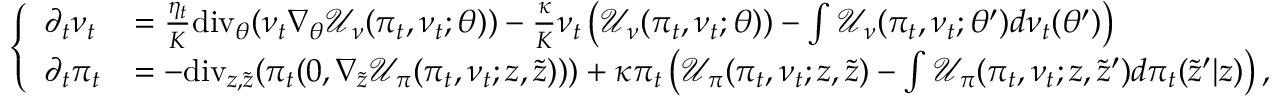
\left\{ \begin{array} { l l } { \partial _ { t } \nu _ { t } } & { = \frac { \eta _ { t } } { K } \mathrm { d i v } _ { \theta } ( \nu _ { t } \nabla _ { \theta } \mathcal { U } _ { \nu } ( \pi _ { t } , \nu _ { t } ; \theta ) ) - \frac { \kappa } { K } \nu _ { t } \left( \mathcal { U } _ { \nu } ( \pi _ { t } , \nu _ { t } ; \theta ) ) - \int \mathcal { U } _ { \nu } ( \pi _ { t } , \nu _ { t } ; \theta ^ { \prime } ) d \nu _ { t } ( \theta ^ { \prime } ) \right) } \\ { \partial _ { t } \pi _ { t } } & { = - \mathrm { d i v } _ { z , \tilde { z } } ( \pi _ { t } ( 0 , \nabla _ { \tilde { z } } \mathcal { U } _ { \pi } ( \pi _ { t } , \nu _ { t } ; z , \tilde { z } ) ) ) + \kappa \pi _ { t } \left( \mathcal { U } _ { \pi } ( \pi _ { t } , \nu _ { t } ; z , \tilde { z } ) - \int \mathcal { U } _ { \pi } ( \pi _ { t } , \nu _ { t } ; z , \tilde { z } ^ { \prime } ) d \pi _ { t } ( \tilde { z } ^ { \prime } | z ) \right) , } \end{array} \right.